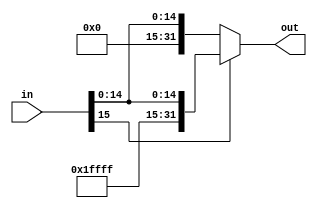
module sing_extend_16_32(
    input wire [15:0] in,
    output wire [31:0] out
);

    assign out = (in[15]) ? {{16{1'b1}}, in} : {{16{1'b0}}, in};

endmodule